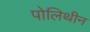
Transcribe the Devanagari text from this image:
पोलिथीन